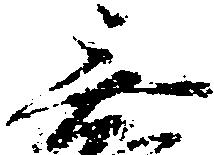
無